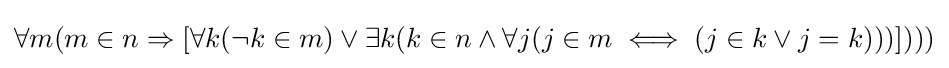
\forall m(m\in n\Rightarrow [\forall k(\lnot k\in m)\lor \exists k(k\in n\land \forall j(j\in m\iff (j\in k\lor j=k)))])))